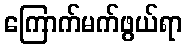
ကြောက်မက်ဖွယ်ရာ